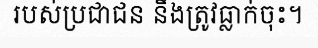
របស់ប្រជាជន នឹងត្រូវធ្លាក់ចុះ។